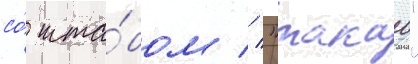
со́ шта́бом // "такао"